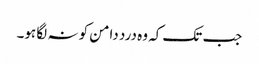
جب تک کہ وہ درد دامن کو نہ لگا ہو۔